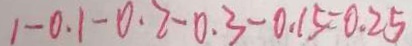
1 - 0 . 1 - 0 . 2 - 0 . 3 - 0 . 1 5 = 0 . 2 5